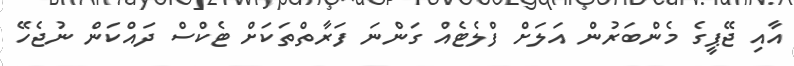
އާއި ޖޭޕީގެ މެންބަރުން އަލަށް ފްލެޓެއް ގަންނަ ފަރާތްތަކަށް ޓެކްސް ދައްކަން ނުޖެހޭ